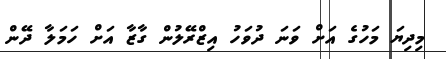
މިދިޔަ މަހުގެ އަށް ވަނަ ދުވަހު އިޒްރޭލުން ގާޒާ އަށް ހަމަލާ ދޭން